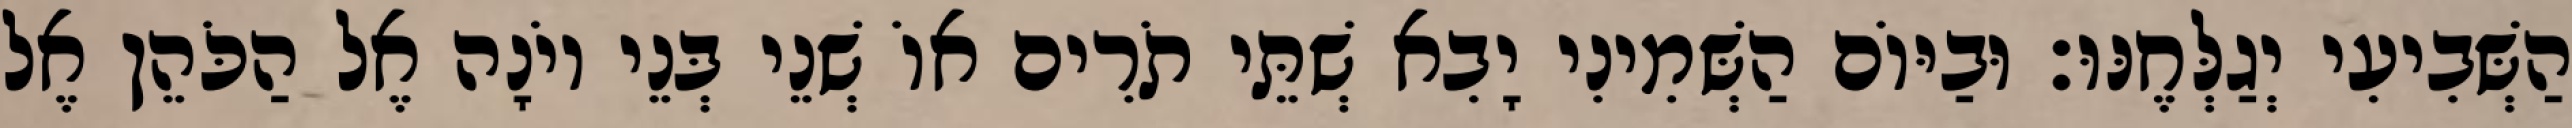
הַשְּׁבִיעִי יְגַלְּחֶנּוּ׃ וּבַיּוֹם הַשְּׁמִינִי יָבִא שְׁתֵּי תֹרִים אוֹ שְׁנֵי בְּנֵי יוֹנָה אֶל הַכֹּהֵן אֶל